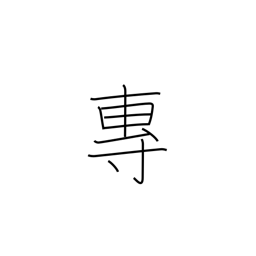
Meaning: exclusive